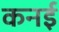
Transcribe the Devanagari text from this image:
कनई